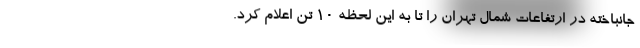
جانباخته در ارتفاعات شمال تهران را تا به این لحظه ۱۰ تن اعلام کرد.